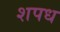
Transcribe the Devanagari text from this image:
शपध